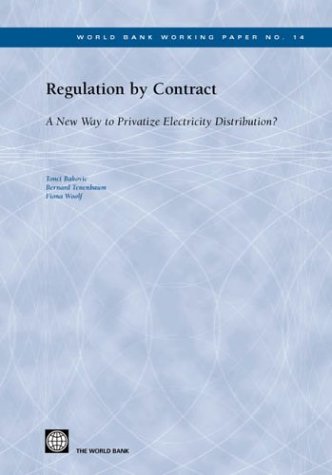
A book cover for Regulation by Contract: A New Way to Privatize Electricity Distribution? (World Bank Working Papers); Fiona Woolf; Law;